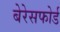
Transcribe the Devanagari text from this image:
बेरेसफोर्ड